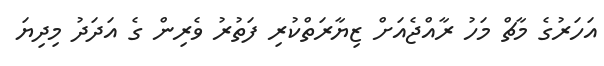
އަހަރުގެ މާޗް މަހު ރާއްޖެއަށް ޒިޔާރަތްކުރި ފަތުރު ވެރިން ގެ އަދަދު މިދިޔަ